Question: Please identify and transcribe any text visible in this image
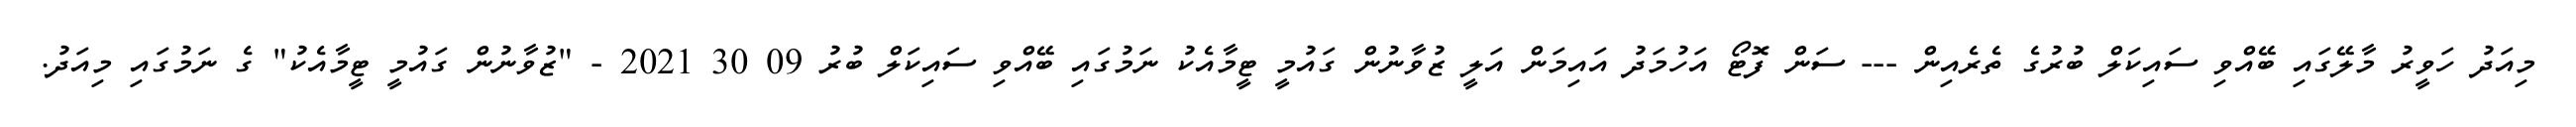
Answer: މިއަދު ހަވީރު މާލޭގައި ބޭއްވި ސައިކަލް ބުރުގެ ތެރެއިން --- ސަން ފޮޓޯ އަހުމަދު އައިމަން އަލީ ޒުވާނުން ގައުމީ ޓީމާއެކު ނަމުގައި ބޭއްވި ސައިކަލް ބުރު 09 30 2021 - "ޒުވާނުން ގައުމީ ޓީމާއެކު" ގެ ނަމުގައި މިއަދު.